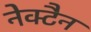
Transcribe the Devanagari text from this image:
नेक्टैन